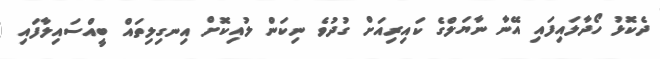
ދެކޮޅު ހޯދާލައިފައި އޭނާ ނާޔަލްގެ ކައިރިއަށް ގުދުވެ ނިކަން ލުއިކޮށް އިނގިލިތައް ބީއްސައިލާފައި